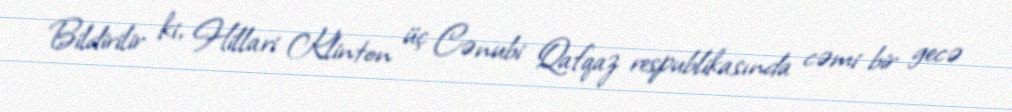
Bildirilir ki, Hillari Klinton üç Cənubi Qafqaz respublikasında cəmi bir gecə